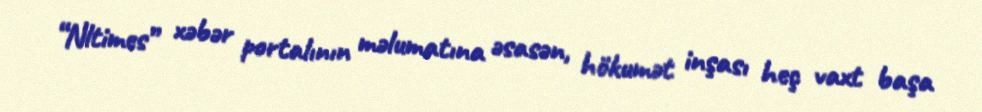
“Nltimes” xəbər portalının məlumatına əsasən, hökumət inşası heç vaxt başa